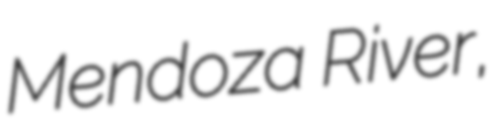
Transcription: Mendoza River,